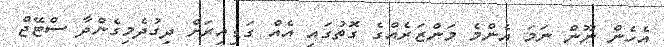
އެހެން ނޫން ނަމަ އެންމެ މަންޒަރެއްގެ ގޮތުގައި އެއް ގަޑިއިރަށް ދިގުދެމިގެންދާ ސްޓޭޖް